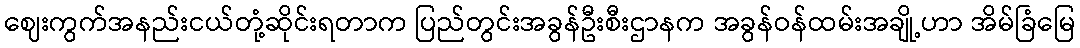
ဈေးကွက်အနည်းငယ်တုံ့ဆိုင်းရတာက ပြည်တွင်းအခွန်ဦးစီးဌာနက အခွန်ဝန်ထမ်းအချို့ဟာ အိမ်ခြံမြေ